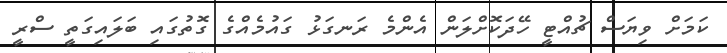
ކަމަށް ވިޔަސް ޗުއްޓީ ހޭދަކޮށްލަން އެންމެ ރަނގަޅު ގައުމެއްގެ ގޮތުގައި ބަލައިގަތީ ސްރީ